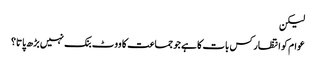
لیکن
عوام کو انتظار کس بات کا ہے جو جماعت کا ووٹ بنک نہیں بڑھ پاتا؟